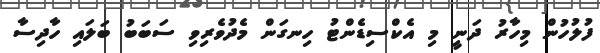
ފުލުހުން މިހާރު ދަނީ މި އެކްސިޑެންޓު ހިނގަން މެދުވެރިވި ސަބަބު ބަލައި ހާދިސާ